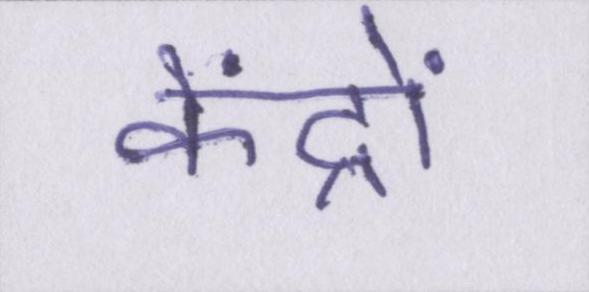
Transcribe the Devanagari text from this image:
केंद्रों